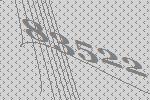
83522